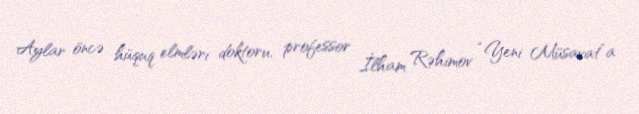
Aylar öncə hüquq elmləri doktoru, professor İlham Rəhimov “Yeni Müsavat”a